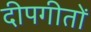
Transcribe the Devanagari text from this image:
दीपगीतों